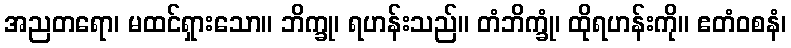
အညတရော၊ မထင်ရှားသော။ ဘိက္ခု၊ ရဟန်းသည်။ တံဘိက္ခုံ၊ ထိုရဟန်းကို။ ဧတံဝစနံ၊